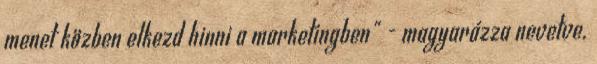
menet közben elkezd hinni a marketingben" - magyarázza nevetve.